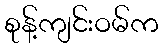
စုန့်ကျင်းဝမ်က